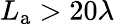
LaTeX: L_{\mathrm{a}}>20\lambda